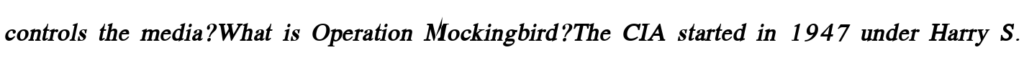
controls the media?What is Operation Mockingbird?The CIA started in 1947 under Harry S.